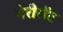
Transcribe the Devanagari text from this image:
मेरीसेंट